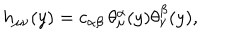
LaTeX: h _ { \mu \nu } ( y ) = c _ { \alpha \beta } \, \theta _ { \mu } ^ { \alpha } ( y ) \theta _ { \nu } ^ { \beta } ( y ) ,